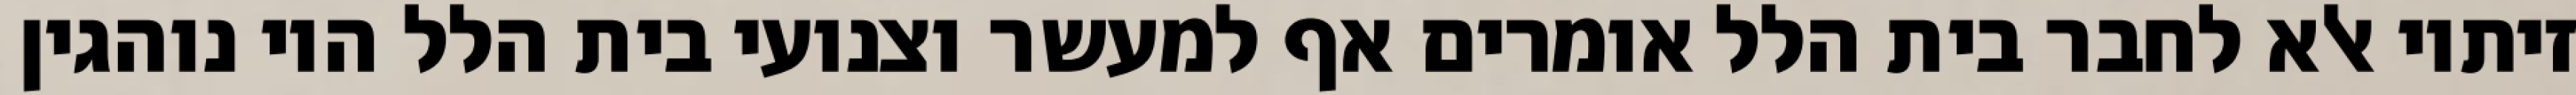
זיתיו אלא לחבר בית הלל אומרים אף למעשר וצנועי בית הלל היו נוהגין